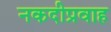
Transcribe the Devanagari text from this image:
नकदीप्रवाह